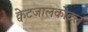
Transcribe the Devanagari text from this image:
क्वेटजालकोटल